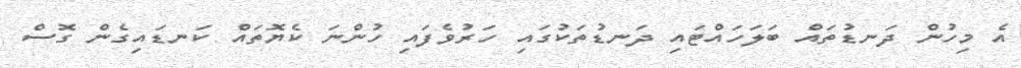
އެ މިހުން ދަނޑުތައް ބަލަހައްޓައި ދަނޑުތަކުގައި ހަރުވެފައި ހުންނަ ކެޔޮތައް ކަނޑައިގެން ގޮސް